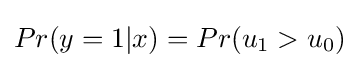
Pr(y=1|x)=Pr(u_{1}>u_{0})